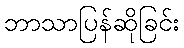
ဘာသာပြန်ဆိုခြင်း